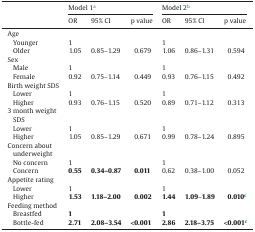
<table><thead><tr><td rowspan="2"></td><td colspan="3"><b>Model 1a</b></td><td colspan="3"><b>Model 2b</b></td></tr><tr><td><b>OR</b></td><td><b>95% CI</b></td><td><b>p value</b></td><td><b>OR</b></td><td><b>95% CI</b></td><td><b>p value</b></td></tr></thead><tbody><tr><td>Age</td><td></td><td></td><td></td><td></td><td></td><td></td></tr><tr><td> Younger</td><td>1</td><td></td><td></td><td>1</td><td></td><td></td></tr><tr><td> Older</td><td>1.05</td><td>0.85–1.29</td><td>0.679</td><td>1.06</td><td>0.86–1.31</td><td>0.594</td></tr><tr><td>Sex</td><td></td><td></td><td></td><td></td><td></td><td></td></tr><tr><td> Male</td><td>1</td><td></td><td></td><td>1</td><td></td><td></td></tr><tr><td> Female</td><td>0.92</td><td>0.75–1.14</td><td>0.449</td><td>0.93</td><td>0.76–1.15</td><td>0.492</td></tr><tr><td>Birth weight SDS</td><td></td><td></td><td></td><td></td><td></td><td></td></tr><tr><td> Lower</td><td>1</td><td></td><td></td><td>1</td><td></td><td></td></tr><tr><td> Higher</td><td>0.93</td><td>0.76–1.15</td><td>0.520</td><td>0.89</td><td>0.71–1.12</td><td>0.313</td></tr><tr><td>3 month weight SDS</td><td></td><td></td><td></td><td></td><td></td><td></td></tr><tr><td> Lower</td><td>1</td><td></td><td></td><td>1</td><td></td><td></td></tr><tr><td> Higher</td><td>1.05</td><td>0.85–1.29</td><td>0.671</td><td>0.99</td><td>0.78–1.24</td><td>0.895</td></tr><tr><td>Concern about underweight</td><td></td><td></td><td></td><td></td><td></td><td></td></tr><tr><td> No concern</td><td>1</td><td></td><td></td><td>1</td><td></td><td></td></tr><tr><td> Concern</td><td><b>0.55</b></td><td><b>0.34–0.87</b></td><td><b>0.011</b></td><td>0.62</td><td>0.38–1.00</td><td>0.052</td></tr><tr><td>Appetite rating</td><td></td><td></td><td></td><td></td><td></td><td></td></tr><tr><td> Lower</td><td>1</td><td></td><td></td><td>1</td><td></td><td></td></tr><tr><td> Higher</td><td><b>1.53</b></td><td><b>1.18–2.00</b></td><td><b>0.002</b></td><td><b>1.44</b></td><td><b>1.09</b>–<b>1.89</b></td><td><b>0.010</b>c</td></tr><tr><td>Feeding method</td><td></td><td></td><td></td><td></td><td></td><td></td></tr><tr><td> Breastfed</td><td><b>1</b></td><td></td><td></td><td><b>1</b></td><td></td><td></td></tr><tr><td> Bottle-fed</td><td><b>2.71</b></td><td><b>2.08–3.54</b></td><td><b>&lt;0.001</b></td><td><b>2.86</b></td><td><b>2.18–3.75</b></td><td><b>&lt;0.001</b>c</td></tr></tbody></table>